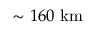
\sim 1 6 0 ~ \mathrm { k m }